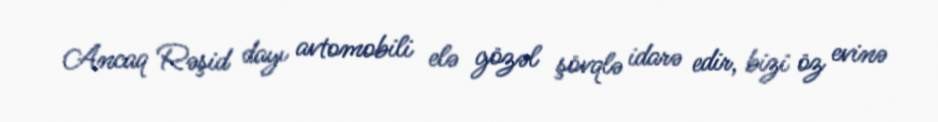
Ancaq Rəşid dayı avtomobili elə gözəl şövqlə idarə edir, bizi öz evinə